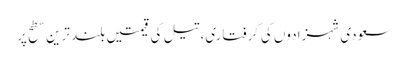
سعودی شہزادوں کی گرفتاری، تیل کی قیمتیں بلند ترین سطح پر